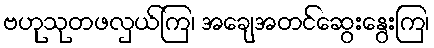
ဗဟုသုတဖလှယ်ကြ၊ အချေအတင်ဆွေးနွေးကြ၊